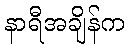
နာရီအချိန်က